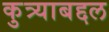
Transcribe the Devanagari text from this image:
कुत्र्याबद्दल